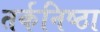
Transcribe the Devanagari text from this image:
तर्कनिष्ठा